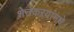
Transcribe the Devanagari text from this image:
शेतकऱयांमधे